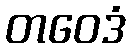
တဝေဒံ